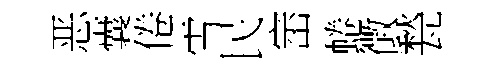
恶囊倦雪民崈蜷徴甃